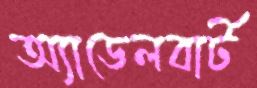
অ্যাডেলবার্ট